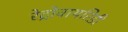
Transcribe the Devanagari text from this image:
रेट्रोवायरिडी